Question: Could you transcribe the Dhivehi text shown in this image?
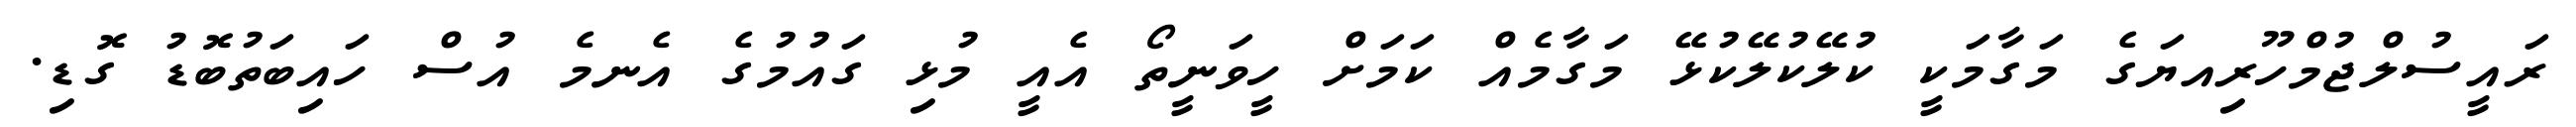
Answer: ރައީސުލްޖުމްހޫރިއޔަގެ މަގާމަކީ ކުލޭކުލޭކުޅޭ މަގާމެއް ކަމަށް ހީވަނީތޯ އެއީ މުޅި ގައުމުގެ އެނމެ އުސް ހައިބަތުބޮޑު ގޮޑި.